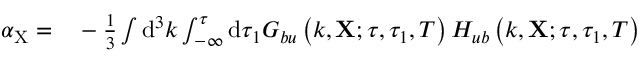
\begin{array} { r l } { \alpha _ { \mathrm { X } } = } & { { } - \frac { 1 } { 3 } \int \mathrm { d } ^ { 3 } k \int _ { - \infty } ^ { \tau } \mathrm { d } \tau _ { 1 } G _ { b u } \left( k , \mathbf { X } ; \tau , \tau _ { 1 } , T \right) H _ { u b } \left( k , \mathbf { X } ; \tau , \tau _ { 1 } , T \right) } \end{array}